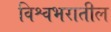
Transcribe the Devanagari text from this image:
विश्वभरातील